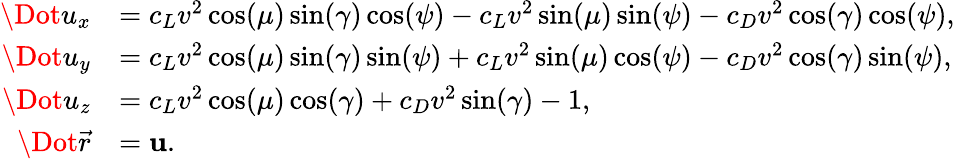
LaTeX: \begin{array}{rl}{\Dot{u}_{x}}&{=c_{L}v^{2}\cos(\mu)\sin(\gamma)\cos(\psi)-c_{L}v^{2}\sin(\mu)\sin(\psi)-c_{D}v^{2}\cos(\gamma)\cos(\psi),}\\ {\Dot{u}_{y}}&{=c_{L}v^{2}\cos(\mu)\sin(\gamma)\sin(\psi)+c_{L}v^{2}\sin(\mu)\cos(\psi)-c_{D}v^{2}\cos(\gamma)\sin(\psi),}\\ {\Dot{u}_{z}}&{=c_{L}v^{2}\cos(\mu)\cos(\gamma)+c_{D}v^{2}\sin(\gamma)-1,}\\ {\Dot{\vec{r}}}&{=\mathbf{u}.}\end{array}